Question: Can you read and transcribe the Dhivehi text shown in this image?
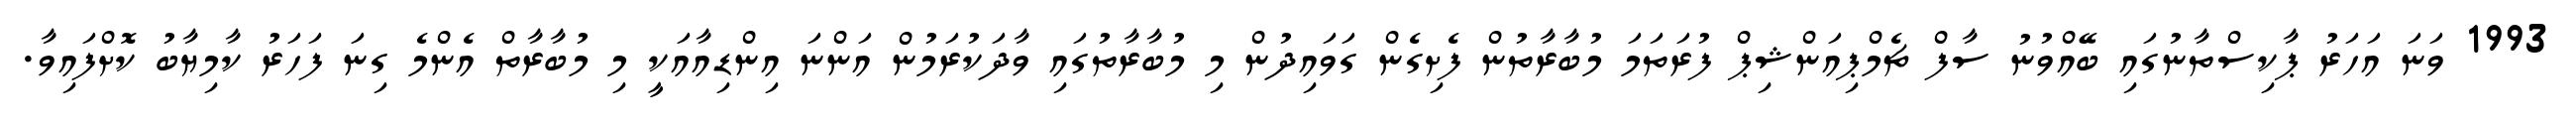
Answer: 1993 ވަނަ އަހަރު ޕާކިސްތާނުގައި ބޭއްވުނު ސާފް ޗެމްޕިއަންޝިޕް ފުރަތަމަ މުބާރާތުން ފެށިގެން ގަވައިދުން މި މުބާރާތުގައި ވާދަކުރަމުން އަންނަ އިންޑިއާއަކީ މި މުބާރާތް އެންމެ ގިނަ ފަހަރު ކާމިޔާބު ކޮށްފައިވާ.